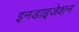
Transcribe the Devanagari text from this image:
इनडाइजेशन